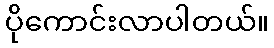
ပိုကောင်းလာပါတယ်။